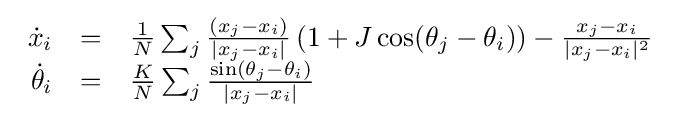
{\begin{array}{rcl}{\dot {x}}_{i}&=&{\frac {1}{N}}\sum _{j}{\frac {(x_{j}-x_{i})}{|x_{j}-x_{i}|}}\left(1+J\cos(\theta _{j}-\theta _{i})\right)-{\frac {x_{j}-x_{i}}{|x_{j}-x_{i}|^{2}}}\\{\dot {\theta }}_{i}&=&{\frac {K}{N}}\sum _{j}{\frac {\sin(\theta _{j}-\theta _{i})}{|x_{j}-x_{i}|}}\end{array}}